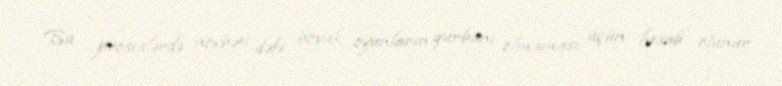
Bu proseslərdə növbəti dəfə böyük oyunların qurbanı olmaması üçün hesab olunur